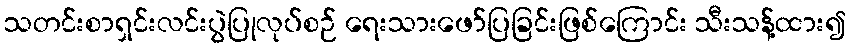
သတင်းစာရှင်းလင်းပွဲပြုလုပ်စဉ် ရေးသားဖော်ပြခြင်းဖြစ်ကြောင်း သီးသန့်ထား၍